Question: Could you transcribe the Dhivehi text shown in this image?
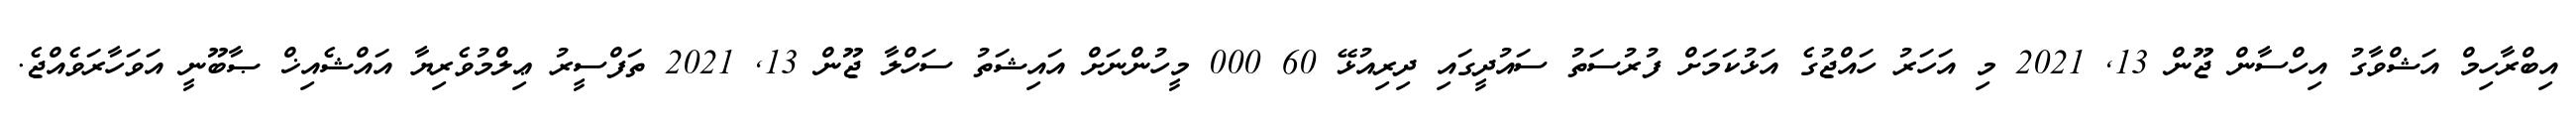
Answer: އިބްރާހިމް އަޝްވާގު އިހްސާން ޖޫން 13, 2021 މި އަހަރު ހައްޖުގެ އަޅުކަމަށް ފުރުސަތު ސައުދީގައި ދިރިއުޅޭ 60 000 މީހުންނަށް އައިޝަތު ސަހްލާ ޖޫން 13, 2021 ތަފްސީރު ޢިލްމުވެރިޔާ އައްޝެއިޚް ޞާބޫނީ އަވަހާރަވެއްޖެ.